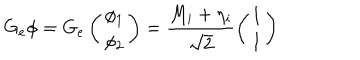
LaTeX: G _ { e } \phi = G _ { e } \left( \begin{array} { c } { { \phi _ { 1 } } } \\ { { \phi _ { 2 } } } \\ \end{array} \right) = \frac { M _ { i } + \eta _ { i } } { \sqrt { 2 } } \left( \begin{array} { c } { { 1 } } \\ { { 1 } } \\ \end{array} \right)